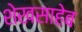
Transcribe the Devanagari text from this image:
शेखसाहेब